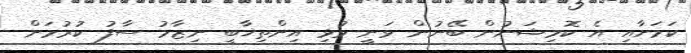
ކަމަށާއި އެ ކޮމިޝަނުން ބޭނުން ވަނީ މުޅި އިންތިޚާބީ ނިޒާމު ސާފު ކުރުމަށް